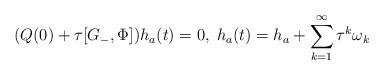
LaTeX: \begin{align*}(Q(0)+\tau [ G_{-}, \Phi ] ) h_a(t)=0, \; h_a(t)= h_a +\sum_{k=1}^{\infty}\tau^{k}\omega_k\end{align*}